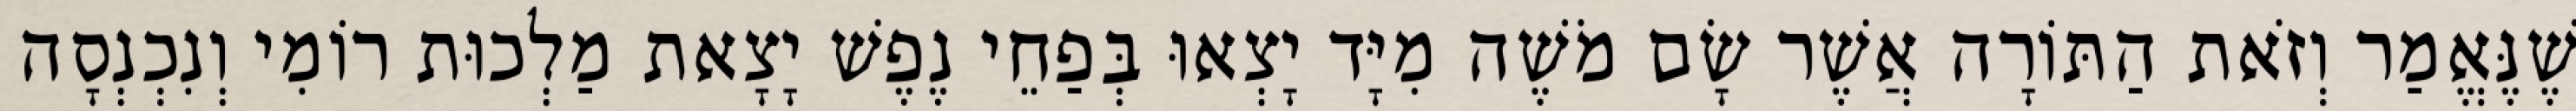
שֶׁנֶּאֱמַר וְזֹאת הַתּוֹרָה אֲשֶׁר שָׂם מֹשֶׁה מִיָּד יָצְאוּ בְּפַחֵי נֶפֶשׁ יָצָאת מַלְכוּת רוֹמִי וְנִכְנְסָה